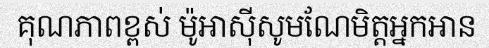
គុណភាពខ្ពស់ ម៉ូអាស៊ីសូមណែមិត្តអ្នកអាន